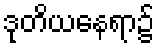
ဒုတိယနေရာ၌